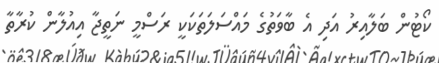
ކޯޓުން ބަލާއިރު އަދި އެ ބާވަތުގެ މައްސަލަތަކަކީ ރަސްމީ ނަތީޖާ އިއުލާން ކުރާތާ